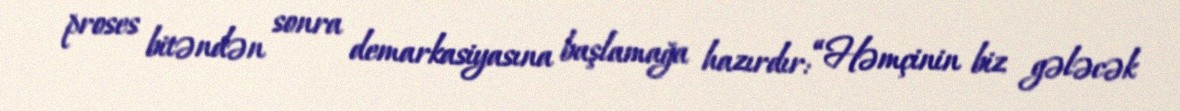
proses bitəndən sonra demarkasiyasına başlamağa hazırdır: “Həmçinin biz gələcək